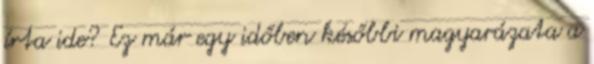
írta ide? Ez már egy időben későbbi magyarázata a